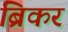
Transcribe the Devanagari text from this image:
ब्रिकर